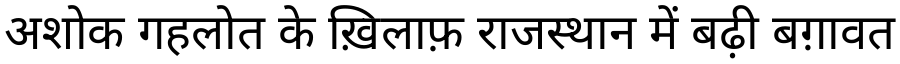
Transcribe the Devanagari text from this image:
अशोक गहलोत के ख़िलाफ़ राजस्थान में बढ़ी बग़ावत